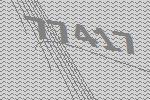
77417